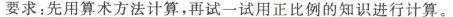
要求：先用算术方法计算，再试一试用正比例的知识进行计算。